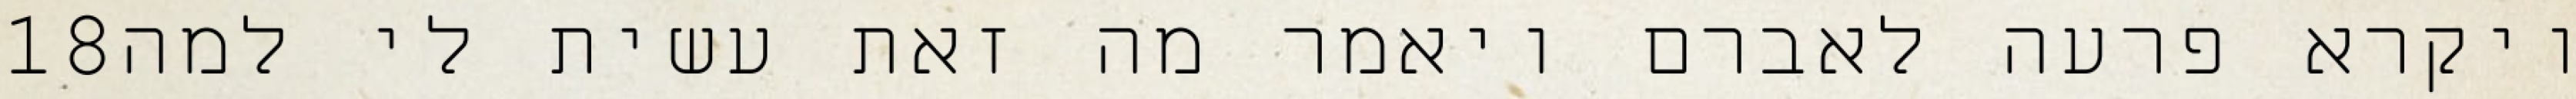
‎18‏ ויקרא פרעה לאברם ויאמר מה זאת עשית לי למה